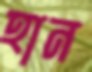
হান